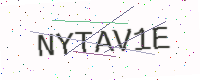
Text: NYTAV1E